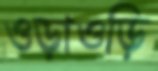
ওড়াওড়ি